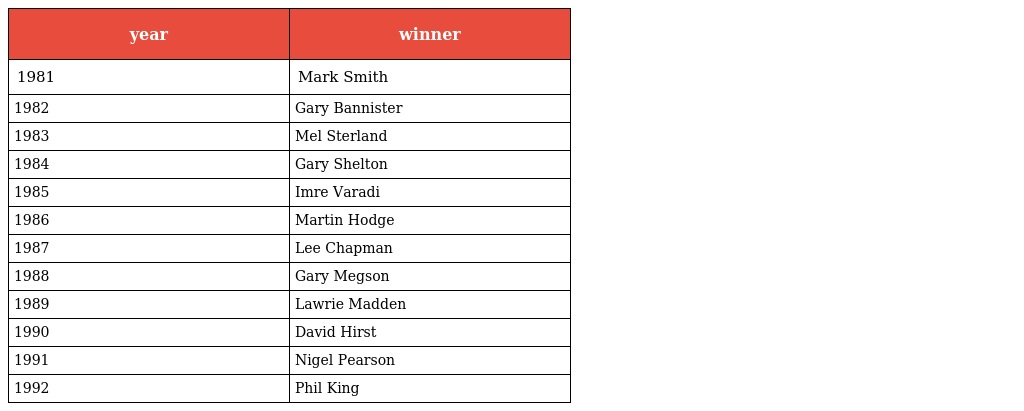
| year | winner |
 | --- | --- |
 | 1981 | Mark Smith |
 | 1982 | Gary Bannister |
 | 1983 | Mel Sterland |
 | 1984 | Gary Shelton |
 | 1985 | Imre Varadi |
 | 1986 | Martin Hodge |
 | 1987 | Lee Chapman |
 | 1988 | Gary Megson |
 | 1989 | Lawrie Madden |
 | 1990 | David Hirst |
 | 1991 | Nigel Pearson |
 | 1992 | Phil King |